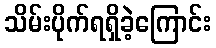
သိမ်းပိုက်ရရှိခဲ့ကြောင်း